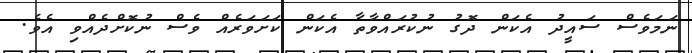
ނަމަވެސް ސައީދު އެކަން ދޮގު ނުކުރައްވާތާ އެކަން ކަށަވަރެއް ވެސް ނުކޮށްދެއްވި އެވެ.